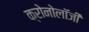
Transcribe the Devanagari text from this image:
क्रोनोलॉजी